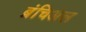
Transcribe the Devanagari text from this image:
ब्रंचिअल